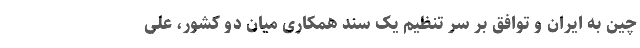
چین به ایران و توافق بر سر تنظیم یک سند همکاری میان دو کشور، علی